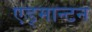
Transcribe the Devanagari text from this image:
एड्मान्टन